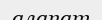
алапат